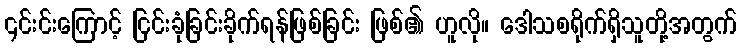
၎င်းင်းကြောင့် ငြင်းခုံခြင်းခိုက်ရန်ဖြစ်ခြင်း ဖြစ်၏ ဟူလို။ ဒေါသစရိုက်ရှိသူတို့အတွက်